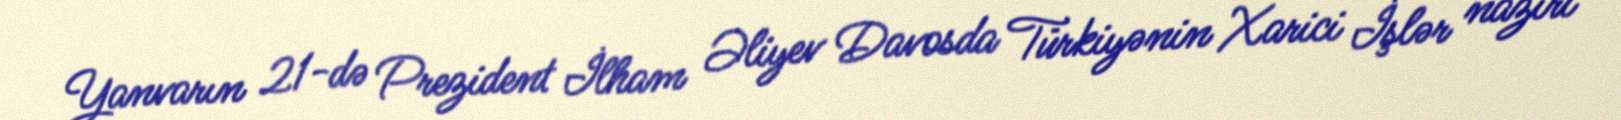
Yanvarın 21-də Prezident İlham Əliyev Davosda Türkiyənin Xarici İşlər naziri